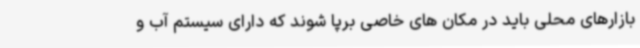
بازارهای محلی باید در مکان های خاصی برپا شوند که دارای سیستم آب و